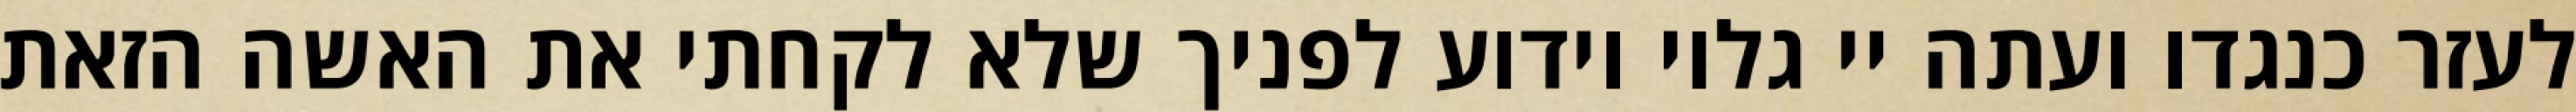
לעזר כנגדו ועתה יי גלוי וידוע לפניך שלא לקחתי את האשה הזאת